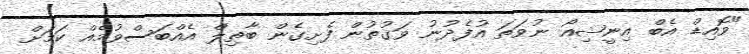
"ވޮއިޑް އެބް އިނީޝިއޯ ނުވަތަ އުފެދުނު ވަގުތުން ފެށިގެން ބާތިލް އެއްބަސްވުމެއް ކަމަށް